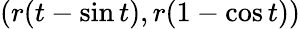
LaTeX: (r(t-\sin t),r(1-\cos t))